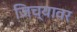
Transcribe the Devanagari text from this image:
जिच्यावर